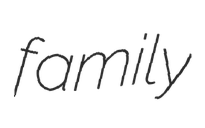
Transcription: family